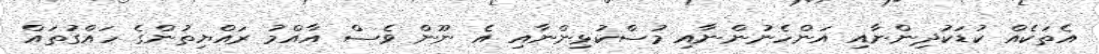
އެތަކެއް ކުޑަކުދިންނާއި އަންހެނުންނާއި މުސްކުޅިންނާއި އެ ނޫން ވެސް އާއްމު ރައްޔިތުންގެ ހައްގުތައް